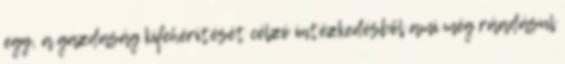
egy, a gazdaság kifehérítését célzó intézkedésből ami még ráadásul